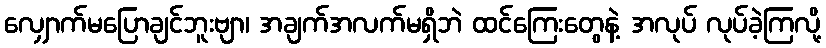
လျှောက်မပြောချင်ဘူးဗျာ၊ အချက်အလက်မရှိဘဲ ထင်ကြေးတွေနဲ့ အလုပ် လုပ်ခဲ့ကြလို့